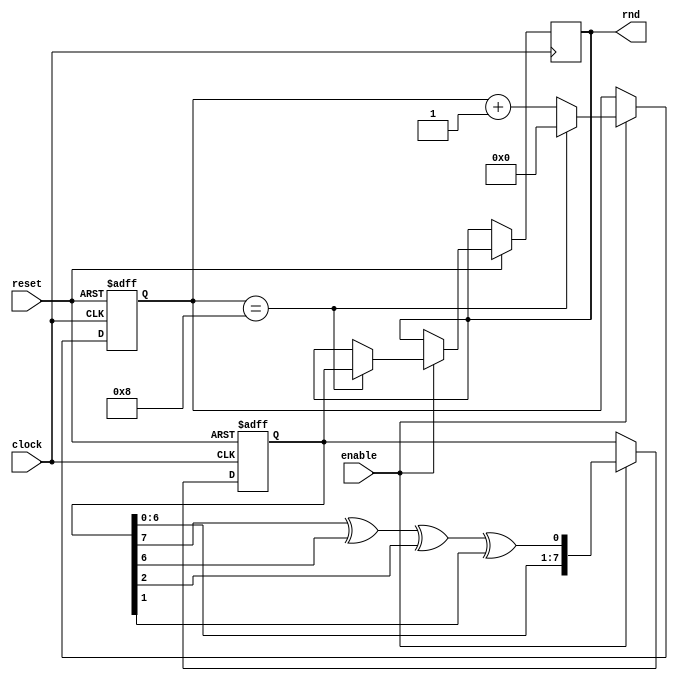
`timescale 1ns / 1ps
//////////////////////////////////////////////////////////////////////////////////
// Company: 
// Engineer: 
// 
// Design Name: 
// Module Name:    random 
// Project Name: 
// Target Devices: 
// Tool versions: 
// Description: 
//
// Dependencies: 
//
// Revision: 
// Revision 0.01 - File Created
// Additional Comments: 
//
//////////////////////////////////////////////////////////////////////////////////
module random1(
	input clock,
    input reset,
    input enable,
    output [7:0] rnd
    );


 
reg [7:0] random, random_done;
reg [3:0] count; //to keep track of the shifts

wire feedback = random[7] ^random[6] ^ random[2] ^ random[1];

/*
always @ (posedge clock or posedge reset) begin
	if (reset) begin
		random <= 8'hF; //An LFSR cannot have an all 0 state, thus reset to FF
		count <= 0;
	end  else begin
		random <= random_next;
		count <= count_next;
	end
end
 
always @ (*)begin
 	//random_next = random; //default state stays the same
 	//count_next = count;
   
  	random_next = {random[6:0], feedback}; //shift left the xor'd every posedge clock
  	count_next = count + 1;
	 
	if (count == 8)  begin
	  	count = 0;
	  	random_done = random; //assign the random number to output after 8 shifts
	end
end*/

always @ (posedge clock or negedge reset) begin
	if (!reset) begin
		random <= 8'd200; //An LFSR cannot have an all 0 state, thus reset to FF
		count <= 0;
	end  else if(enable) begin
		random <= {random[6:0], feedback};
		count <= count + 1;

		if (count == 8)  begin
	  		count <= 0;
	  		random_done <= random; //assign the random number to output after 8 shifts
		end
	end
end
 
assign rnd = random_done;
 
endmodule